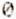
0